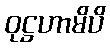
ဝုဋ္ဌဟာမိပိ